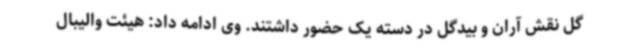
گل نقش آران و بیدگل در دسته یک حضور داشتند. وی ادامه داد: هیئت والیبال